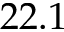
2 2 . 1